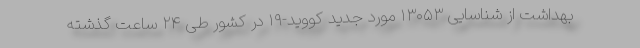
بهداشت از شناسایی ۱۳۰۵۳ مورد جدید کووید-۱۹ در کشور طی ۲۴ ساعت گذشته